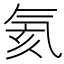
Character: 氦